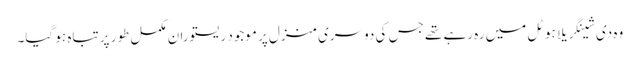
وہ دی شینگریلا ہوٹل میں رہ رہے تھے جس کی دوسری منزل پر موجود ریستوران مکمل طور پر تباہ ہو گیا۔